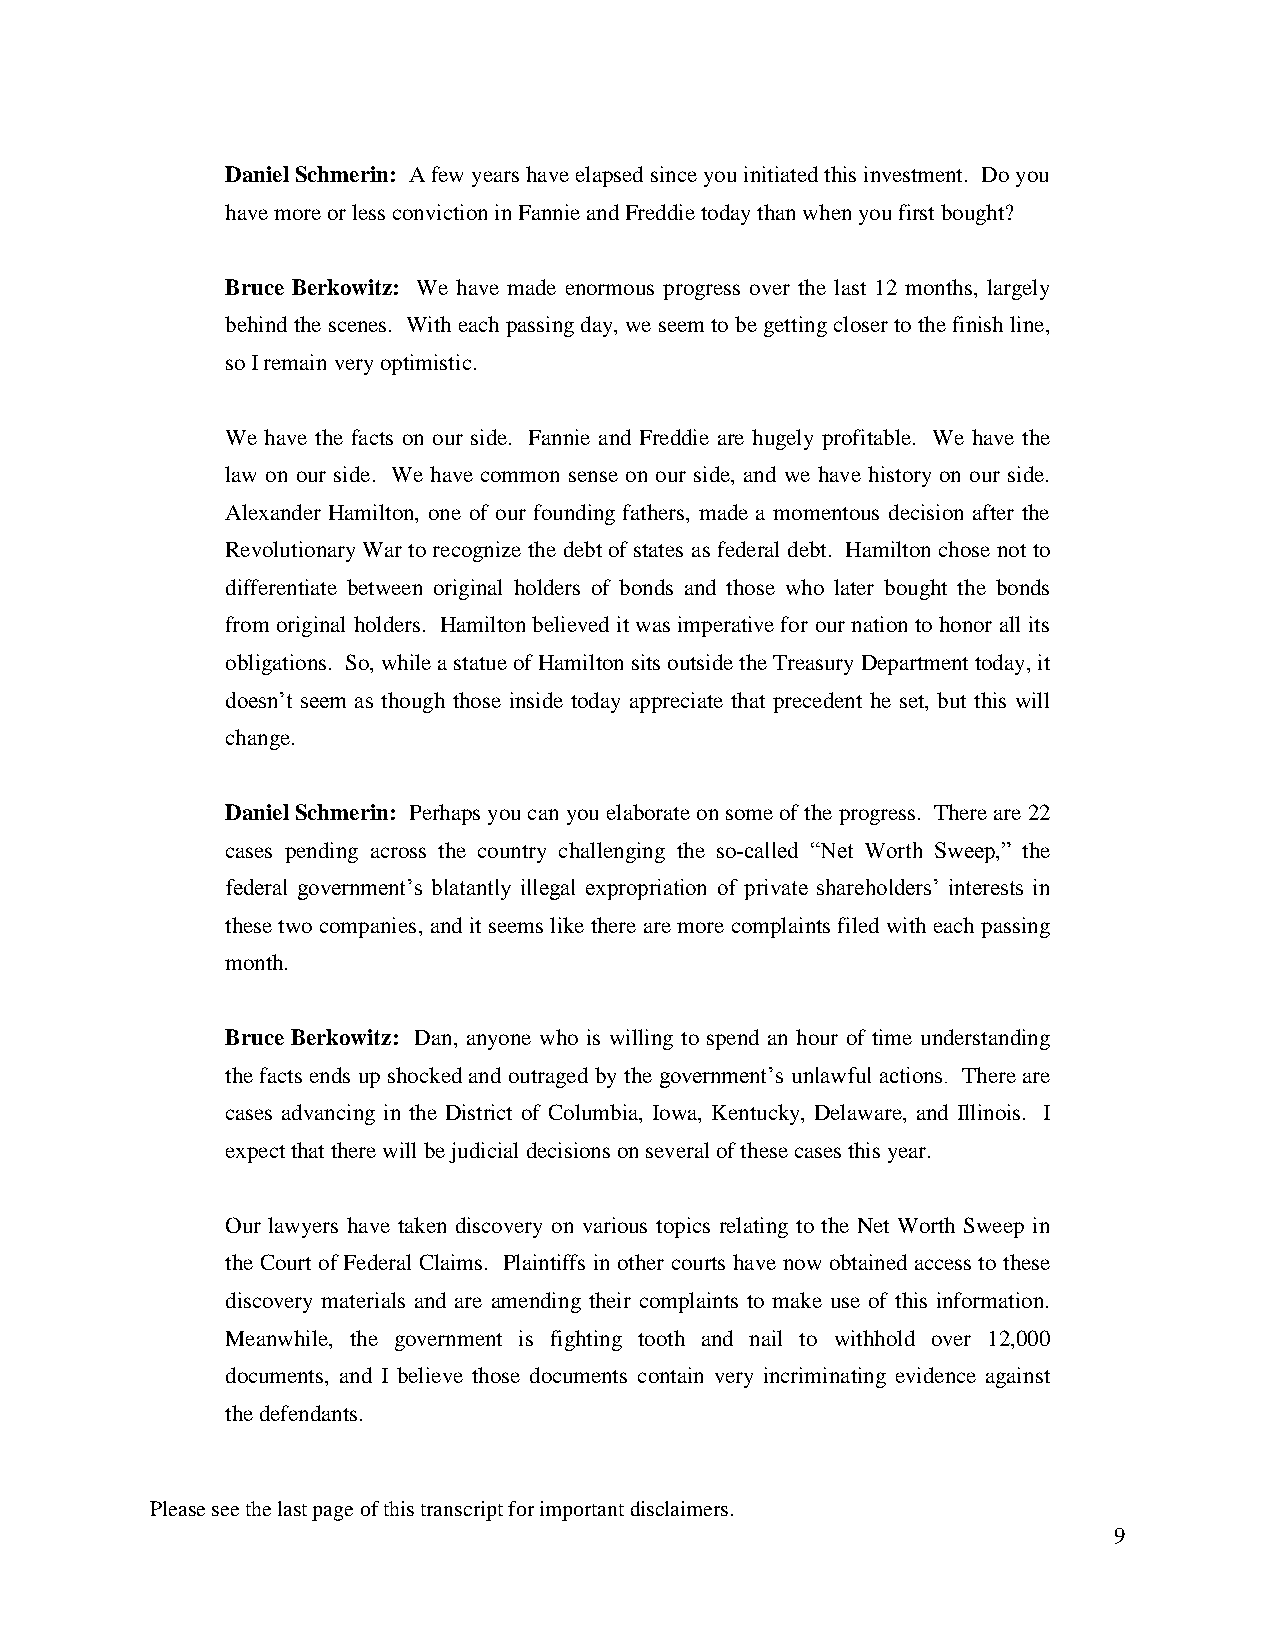
Daniel Schmerin: A few years have elapsed since you initiated this investment. Do you
 have more or less conviction in Fannie and Freddie today than when you first bought?
 Bruce Berkowitz: We have made enormous progress over the last 12 months, largely
 behind the scenes. With each passing day, we seem to be getting closer to the finish line,
 so I remain very optimistic.
 We have the facts on our side. Fannie and Freddie are hugely profitable. We have the
 law on our side. We have common sense on our side, and we have history on our side.
 Alexander Hamilton, one of our founding fathers, made a momentous decision after the
 Revolutionary War to recognize the debt of states as federal debt. Hamilton chose not to
 differentiate between original holders of bonds and those who later bought the bonds
 from original holders. Hamilton believed it was imperative for our nation to honor all its
 obligations. So, while a statue of Hamilton sits outside the Treasury Department today, it
 doesn’t seem as though those inside today appreciate that precedent he set, but this will
 change.
 Daniel Schmerin: Perhaps you can you elaborate on some of the progress. There are 22
 cases pending across the country challenging the so-called “Net Worth Sweep,” the
 federal government’s blatantly illegal expropriation of private shareholders’ interests in
 these two companies, and it seems like there are more complaints filed with each passing
 month.
 Bruce Berkowitz: Dan, anyone who is willing to spend an hour of time understanding
 the facts ends up shocked and outraged by the government’s unlawful actions. There are
 cases advancing in the District of Columbia, Iowa, Kentucky, Delaware, and Illinois. I
 expect that there will be judicial decisions on several of these cases this year.
 Our lawyers have taken discovery on various topics relating to the Net Worth Sweep in
 the Court of Federal Claims. Plaintiffs in other courts have now obtained access to these
 discovery materials and are amending their complaints to make use of this information.
 Meanwhile, the government is fighting tooth and nail to withhold over 12,000
 documents, and I believe those documents contain very incriminating evidence against
 the defendants.
 Please see the last page of this transcript for important disclaimers.
 9